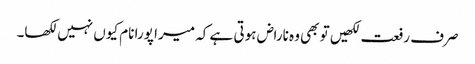
صرف رفعت لکھیں تو بھی وہ ناراض ہوتی ہے کہ میرا پورا نام کیوں نہیں لکھا۔